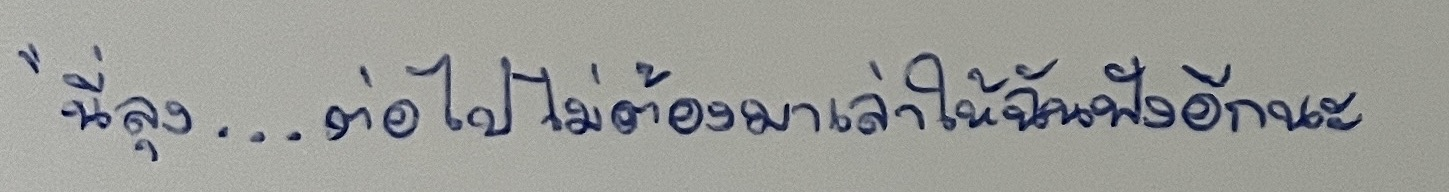
"นี่ลุง...ต่อไปไม่ต้องมาเล่าให้ฉันฟังอีกนะ